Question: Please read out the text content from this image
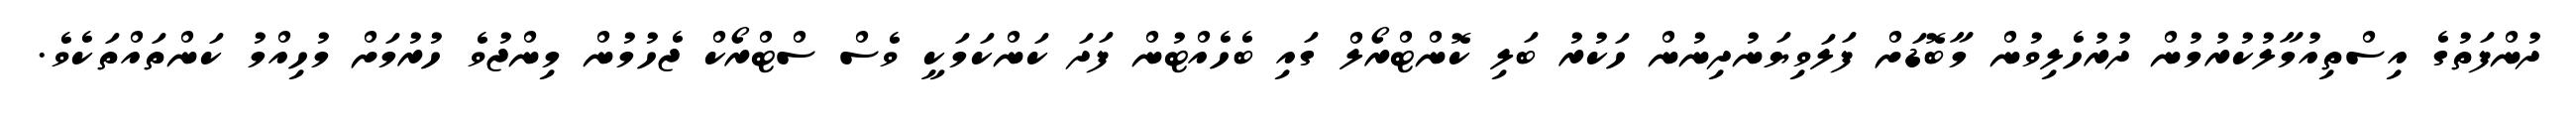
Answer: ދުންފަތުގެ އިސްތިއުމާލުކުރުމުން ދުރުހެލިވުން މާބޮޑަށް ފަލަވިޔަނުދިނުން ހަކުރު ބަލި ކޮންޓްރޯލް ގައި ބެހެއްޓުން ފަދަ ކަންކަމަކީ ވެސް ސްޓްރޯކް ޖެހުމުން މިންޖުވެ ހުރުމަށް މުހިއްމު ކަންތައްތަކެވެ.